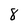
Character: 8